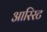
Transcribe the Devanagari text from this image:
आरिरट